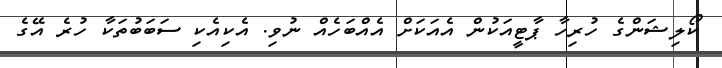
ކޯލިޝަންގެ ހުރިހާ ޕާޓީއަކުން އެއަކަށް އެއްބަހެއް ނުވި. އެކިއެކި ސަބަބުތަކާ ހުރެ އޭގެ